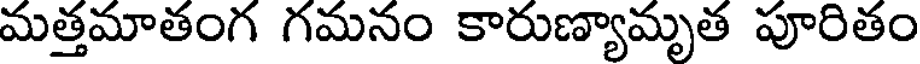
మత్తమాతంగ గమనం కారుణ్యామృత పూరితం